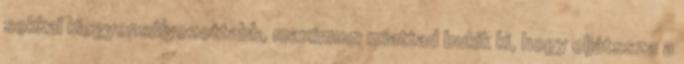
sokkal kiegyensúlyozottabb, maximum miattad bukik ki, hogy eljátssza a